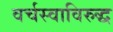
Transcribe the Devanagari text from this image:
वर्चस्वाविरुद्ध